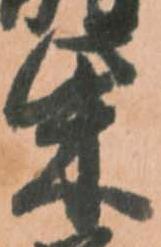
柴